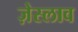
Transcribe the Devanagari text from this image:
ज़ेस्लाव